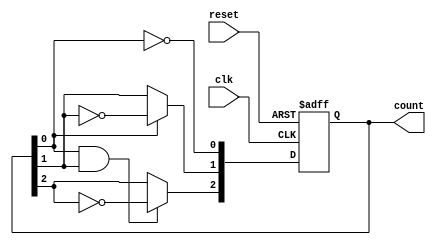
module async_counter (
    input wire clk,          // Clock input
    input wire reset,        // Asynchronous reset input
    output reg [2:0] count   // 3-bit count output (can be changed based on requirements)
);

// Asynchronous reset and counter logic
always @(posedge clk or posedge reset) begin
    if (reset) begin
        count <= 3'b000;     // Reset the count to 0
    end else begin
        count[0] <= ~count[0]; // Toggle LSB
        count[1] <= count[0] ? ~count[1] : count[1]; // Toggle second bit if LSB is 1
        count[2] <= (count[0] & count[1]) ? ~count[2] : count[2]; // Toggle MSB if both LSB and second bit are 1
    end
end

endmodule